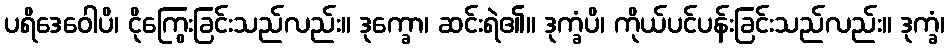
ပရိဒေဝေါပိ၊ ငိုကြွေးခြင်းသည်လည်း။ ဒုက္ခော၊ ဆင်းရဲ၏။ ဒုက္ခံပိ၊ ကိုယ်ပင်ပန်းခြင်းသည်လည်း။ ဒုက္ခံ၊